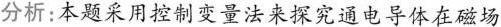
分析：本题采用控制变量法来探究通电导体在磁场